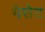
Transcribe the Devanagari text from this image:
मैसेट